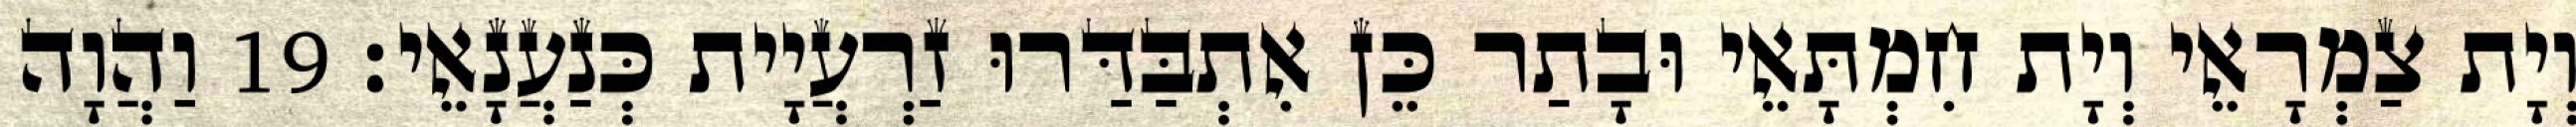
וְיָת צַמְרָאֵי וְיָת חִמְתָּאֵי וּבָתַר כֵּן אִתְבַּדַּרוּ זַרְעֲיָית כְּנַעֲנָאֵי׃ 19 וַהֲוָה